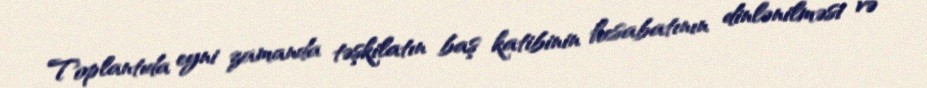
Toplantıda eyni zamanda təşkilatın baş katibinin hesabatının dinlənilməsi və